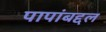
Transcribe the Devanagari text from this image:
पापांबद्दल